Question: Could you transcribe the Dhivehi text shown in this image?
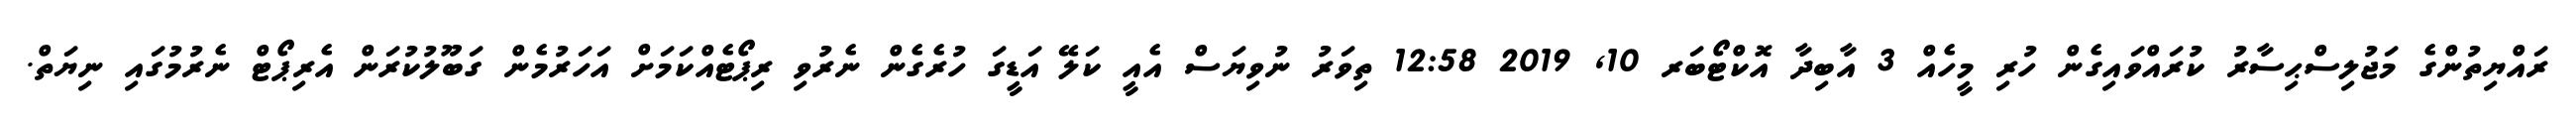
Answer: ރައްޔިތުންގެ މަޖުލިސްޙިސާރު ކުރައްވައިގެން ހުރި މީހެއް 3 އާބިދާ އޮކްޓޯބަރ 10, 2019 12:58 ތިވަރު ނުވިޔަސް އެއީ ކަލޭ އަޑީގަ ހުރެގެން ނެރުވި ރިޕޯޓެއްކަމަށް އަހަރުމެން ގަބޫލުކުރަން އެރިޕޯޓް ނެރުމުގައި ނިޔަތް.